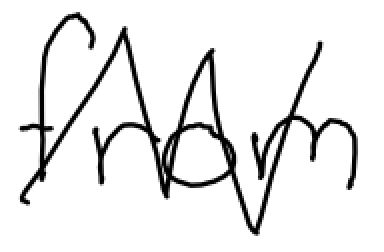
Text: from
Cross-out: zig-zag
Writing tool: digital_black